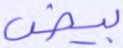
بيض